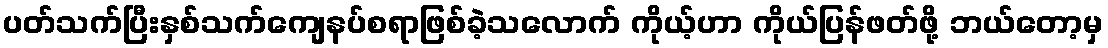
ပတ်သက်ပြီးနှစ်သက်ကျေနပ်စရာဖြစ်ခဲ့သလောက် ကိုယ့်ဟာ ကိုယ်ပြန်ဖတ်ဖို့ ဘယ်တော့မှ